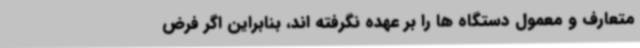
متعارف و معمول دستگاه ها را بر عهده نگرفته اند، بنابراین اگر فرض